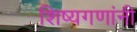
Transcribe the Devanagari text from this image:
शिष्यगणांनी